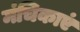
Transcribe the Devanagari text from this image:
मंचिकाएं